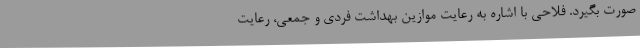
صورت بگیرد. فلاحی با اشاره به رعایت موازین بهداشت فردی و جمعی، رعایت